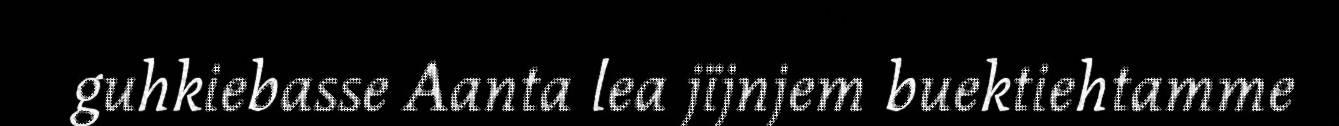
guhkiebasse Aanta lea jïjnjem buektiehtamme